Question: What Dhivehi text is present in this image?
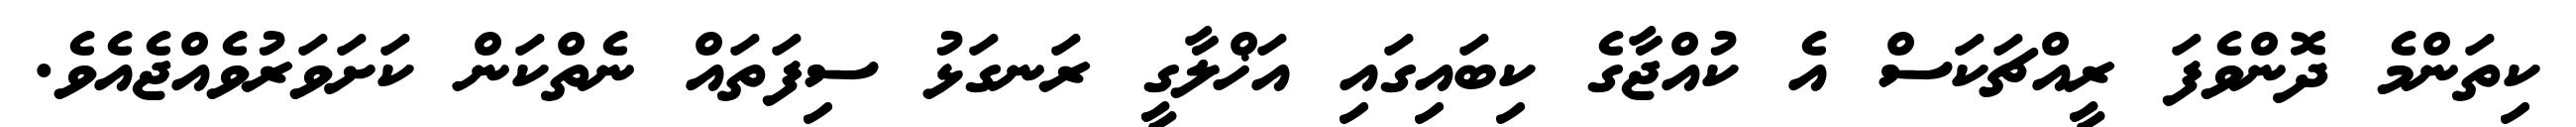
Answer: ކިތަންމެ ދޮންވެފަ ރީއްޗަކަސް އެ ކުއްޖާގެ ކިބައިގައި އަޚްލާގީ ރަނގަޅު ސިފަތައް ނެތްކަން ކަށަވަރުވެއްޖެއެވެ.